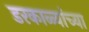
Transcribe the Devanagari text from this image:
डरकाळ्यांच्या